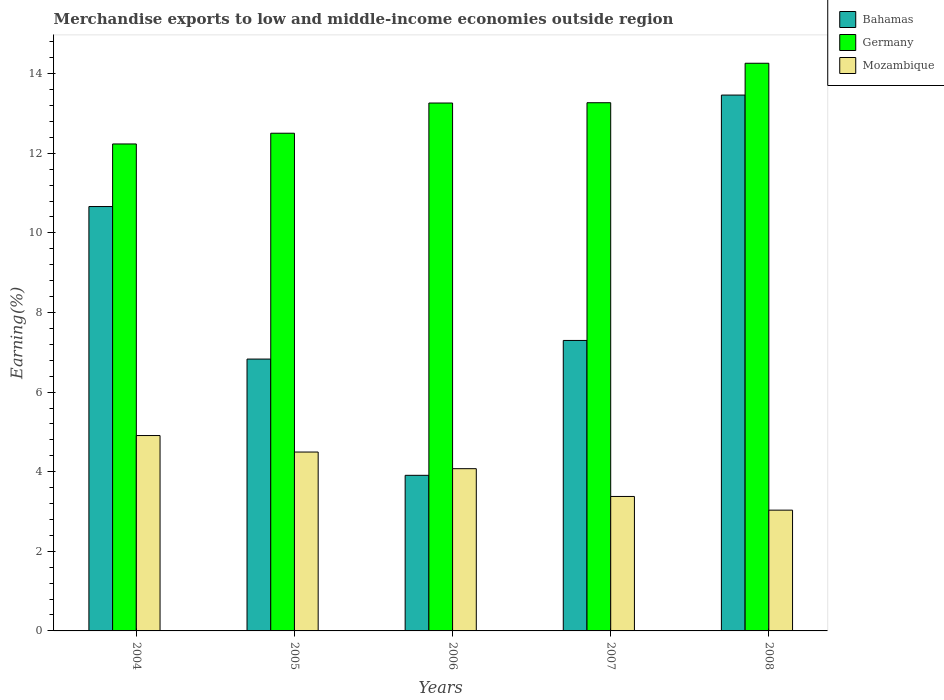
| Years | Bahamas | Germany | Mozambique |
 | --- | --- | --- | --- |
 | 2004 | 10.7 | 12.2 | 4.91 |
 | 2005 | 6.83 | 12.5 | 4.49 |
 | 2006 | 3.91 | 13.3 | 4.08 |
 | 2007 | 7.3 | 13.3 | 3.38 |
 | 2008 | 13.5 | 14.3 | 3.03 |